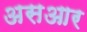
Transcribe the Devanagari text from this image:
असआर